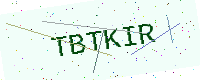
Text: TBTKIR